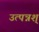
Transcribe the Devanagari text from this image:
उत्पन्नश्